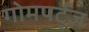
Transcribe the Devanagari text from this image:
गोमपर्ट्ज़